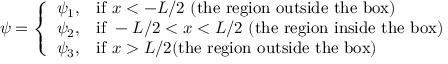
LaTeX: \psi = { \left\{ \begin{array} { l l } { \psi _ { 1 } , } & { { \mathrm { i f ~ } } x < - L / 2 { \mathrm { ~ ( t h e ~ r e g i o n ~ o u t s i d e ~ t h e ~ b o x ) } } } \\ { \psi _ { 2 } , } & { { \mathrm { i f ~ } } - L / 2 < x < L / 2 { \mathrm { ~ ( t h e ~ r e g i o n ~ i n s i d e ~ t h e ~ b o x ) } } } \\ { \psi _ { 3 } , } & { { \mathrm { i f ~ } } x > L / 2 { \mathrm { ( t h e ~ r e g i o n ~ o u t s i d e ~ t h e ~ b o x ) } } } \end{array} \right. }